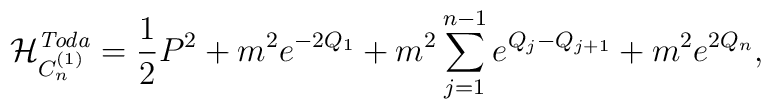
\mathcal{H}_{C_{n}^{(1)}}^{\mathit{Toda}}={\frac{1}{2}}P^{2}+m^{2}e^{-2Q_{1}}+m^{2}\sum_{j=1}^{n-1}e^{Q_{j}-Q_{j+1}}+m^{2}e^{2Q_{n}},